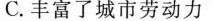
C.丰富了城市劳动力